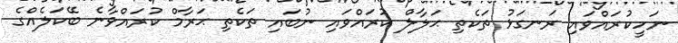
ނަހީކުރައްވައި ރަނގަޅު ތަކެތި ޙަލާލް ކުރައްވައި ނުބައި ތަކެތި ޙަރާމް ކުރައްވާނެ ބޭކަލެއްގެ